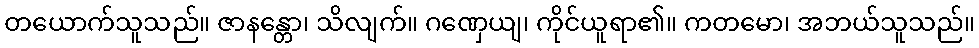
တယောက်သူသည်။ ဇာနန္တော၊ သိလျက်။ ဂဏှေယျ၊ ကိုင်ယူရာ၏။ ကတမော၊ အဘယ်သူသည်။